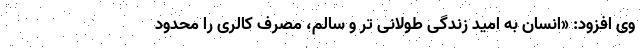
وی افزود: «انسان به امید زندگی طولانی تر و سالم، مصرف کالری را محدود